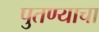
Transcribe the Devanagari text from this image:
पुतण्याचा